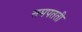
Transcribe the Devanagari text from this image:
समपतती